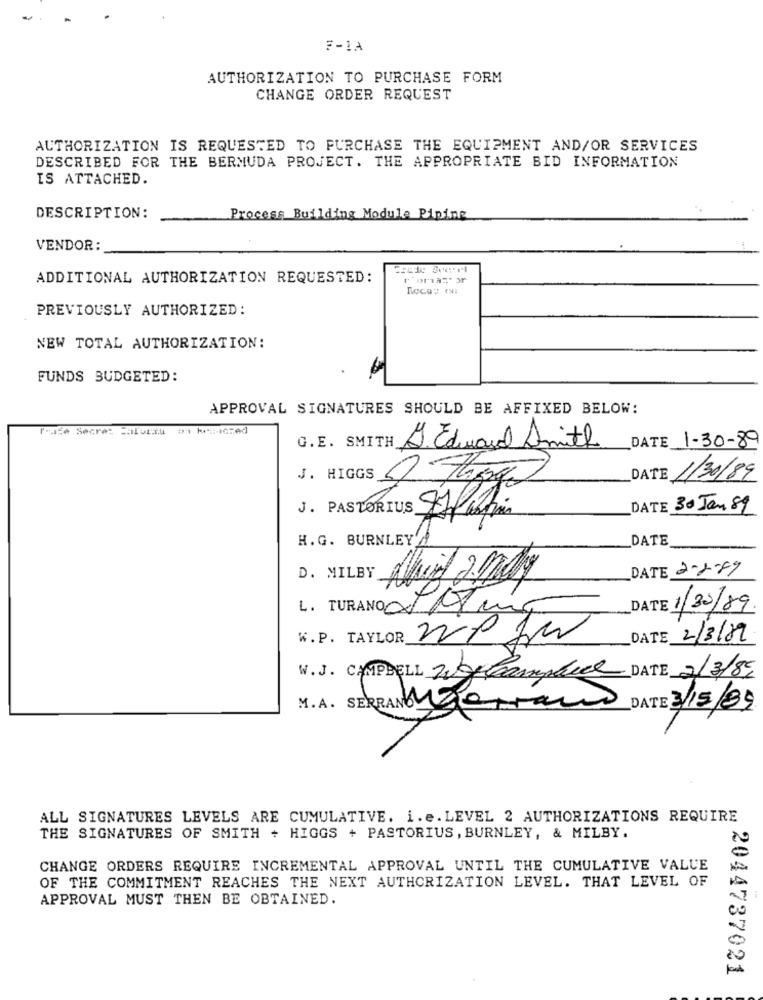
F-1A
AUTHORIZATION TO PURCHASE FORM
CHANGE ORDER REQUEST
AUTHORIZATION IS REQUESTED TO PURCHASE THE EQUIPMENT AND/OR SERVICES
DESCRIBED FOR THE BERMUDA PROJECT. THE APPROPRIATE BID INFORMATION
IS ATTACHED.
DESCRIPTION:
Process Building Module Piping
VENDOR:
Czude Sucre1
ADDITIONAL AUTHORIZATION REQUESTED:
Roca: . si
PREVIOUSLY AUTHORIZED:
NEW TOTAL AUTHORIZATION:
FUNDS BUDGETED:
APPROVAL SIGNATURES SHOULD BE AFFIXED BELOW:
Trade Secret Salutitu
DATE 1-30-89
G.E. SMITH
J. Edward Smith
DATE 1/30/89
J. HIGGS 5 Jango
DATE 30 Jan 89
DATE
H. G. BURNLEY
DATE 2-2-09
D. MILBY
L. TURANO IAtún
1/30/89
W.P. TAYLOR 220 30
DATE 2/3/09
W.J. CAMPBELL Wgcomplice DATE 2/3/89
M.A. SERRANOYOU
DATE 3/15/89
ALL SIGNATURES LEVELS ARE CUMULATIVE. i.e. LEVEL 2 AUTHORIZATIONS REQUIRE
THE SIGNATURES OF SMITH + HIGGS + PASTORIUS , BURNLEY, & MILBY.
CHANGE ORDERS REQUIRE INCREMENTAL APPROVAL UNTIL THE CUMULATIVE VALUE
OF THE COMMITMENT REACHES THE NEXT AUTHORIZATION LEVEL. THAT LEVEL OF
APPROVAL MUST THEN BE OBTAINED.
2044737021